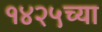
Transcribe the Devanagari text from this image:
१४२५च्या